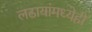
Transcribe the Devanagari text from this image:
लढायांमध्येही